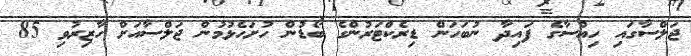
ޖަލްސާގައި ހިއްސާގެ ފައިދާ ނުބަހަން ޑިރެކްޓަރުންގެ ބޯޑުން ހުށަހެޅުމުން ޖަލްސާއަށް ހާޒިރުވި 85